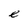
Character: e